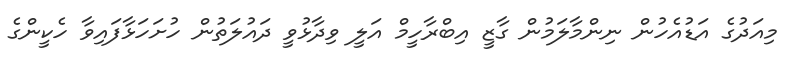
މިއަދުގެ އަޑުއެހުން ނިންމާލަމުން ގާޒީ އިބްރާހީމް އަލީ ވިދާޅުވީ ދައުލަތުން ހުށަހަޅާފައިވާ ހެކީންގެ